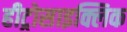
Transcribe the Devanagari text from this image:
हीट्रोसाइक्लिक